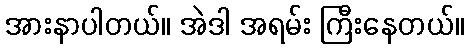
အားနာပါတယ်။ အဲဒါ အရမ်း ကြီးနေတယ်။